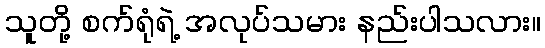
သူတို့ စက်ရုံရဲ့ အလုပ်သမား နည်းပါသလား။